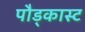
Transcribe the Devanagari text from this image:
पौड्कास्ट